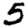
Digit: 5